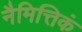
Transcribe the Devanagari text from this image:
नैमित्तिकं